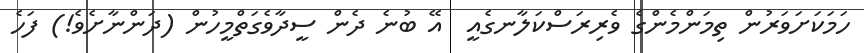
ހަމަކަށަވަރުން ތިމަންމެންގެ ވެރިރަސްކަލާނގެއީ  އޭ ބުނެ ދެން ސީދާވެގަތްމީހުން (ދަންނާށެވެ!) ފަހެ